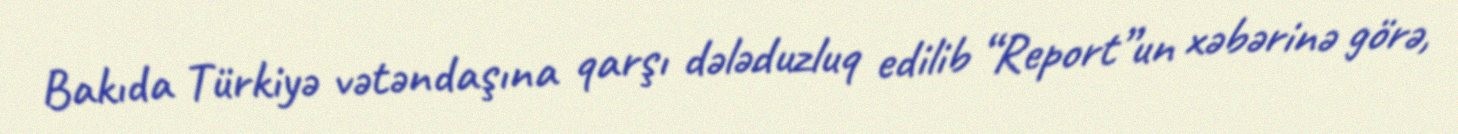
Bakıda Türkiyə vətəndaşına qarşı dələduzluq edilib “Report”un xəbərinə görə,